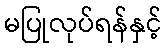
မပြုလုပ်ရန်နှင့်